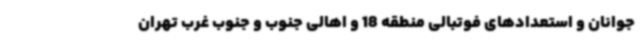
جوانان و استعدادهای فوتبالی منطقه 18 و اهالی جنوب و جنوب غرب تهران